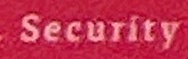
Security